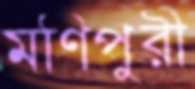
মণিপুরী